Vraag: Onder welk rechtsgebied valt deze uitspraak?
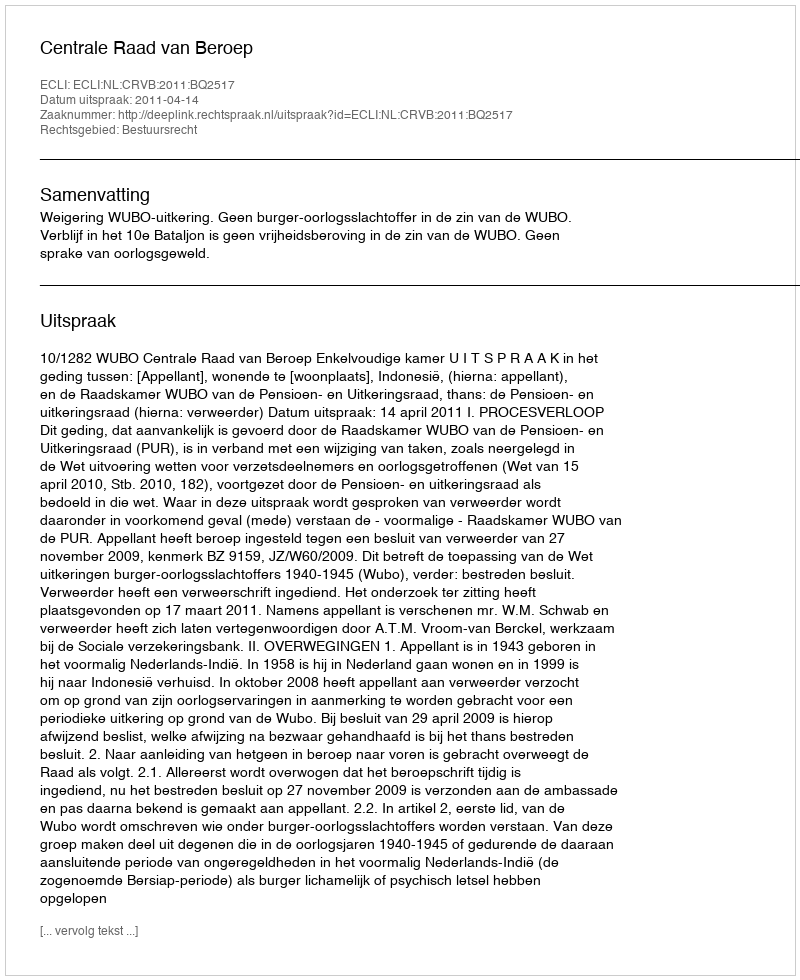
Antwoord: Bestuursrecht